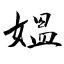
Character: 媼